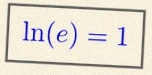
\ln(e)=1